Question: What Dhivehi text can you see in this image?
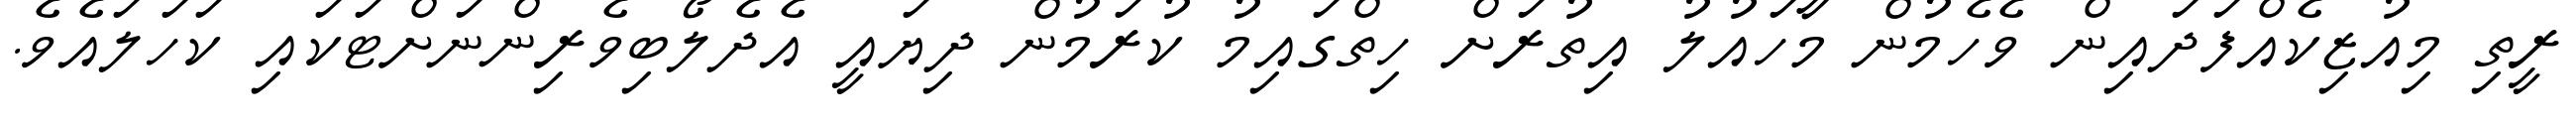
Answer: ރީތި މިއުޒިކެއްފަދައިން ވެހެމުން މާހައުލު އިތުރަށް ހިތްގައިމު ކުރަމުން ދިޔައީ އެދެލޯބިވެރިންނަށްޓަކައި ކަހަލައެވެ.